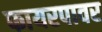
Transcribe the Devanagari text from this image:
फायरपावर